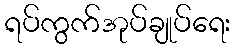
ရပ်ကွက်အုပ်ချုပ်ရေး